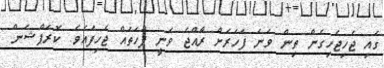
ގައި ޖެހިޖެހިގެން ތިން ވަނަ ފަހަރަށް ރާއްޖެ ވަނީ ފަހަތައް ޖެހިފައެވެ. ކޮރަޕްޝަން